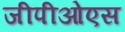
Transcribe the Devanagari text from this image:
जीपीओएस